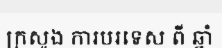
ក្រសួង ការបរទេស ពី ឆ្នាំ